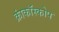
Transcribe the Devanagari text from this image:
क्रांकॉस्कोप